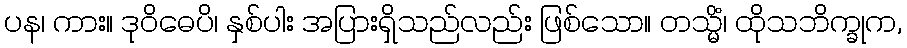
ပန၊ ကား။ ဒုဝိဓေပိ၊ နှစ်ပါး အပြားရှိသည်လည်း ဖြစ်သော။ တသ္မိံ၊ ထိုသဘိက္ခုက,